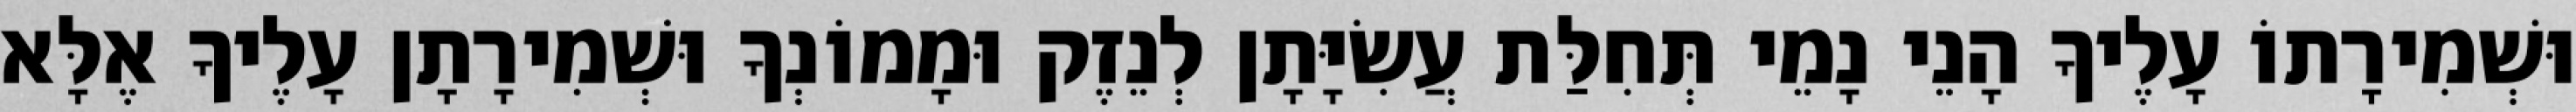
וּשְׁמִירָתוֹ עָלֶיךָ הָנֵי נָמֵי תְּחִלַּת עֲשִׂיָּתָן לְנֵזֶק וּמָמוֹנְךָ וּשְׁמִירָתָן עָלֶיךָ אֶלָּא